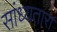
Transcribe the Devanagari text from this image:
सांध्यतारा